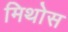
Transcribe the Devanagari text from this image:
मिथोस